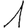
Digit: 1